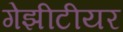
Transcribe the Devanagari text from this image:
गेझीटीयर